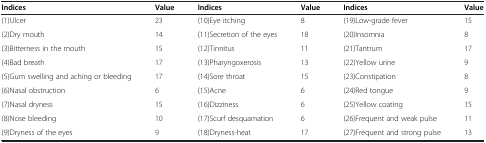
<table><thead><tr><td><b>Indices</b></td><td><b>Value</b></td><td><b>Indices</b></td><td><b>Value</b></td><td><b>Indices</b></td><td><b>Value</b></td></tr></thead><tbody><tr><td>(1)Ulcer</td><td>23</td><td>(10)Eye itching</td><td>8</td><td>(19)Low-grade fever</td><td>15</td></tr><tr><td>(2)Dry mouth</td><td>14</td><td>(11)Secretion of the eyes</td><td>18</td><td>(20)Insomnia</td><td>8</td></tr><tr><td>(3)Bitterness in the mouth</td><td>15</td><td>(12)Tinnitus</td><td>11</td><td>(21)Tantrum</td><td>17</td></tr><tr><td>(4)Bad breath</td><td>17</td><td>(13)Pharyngoxerosis</td><td>13</td><td>(22)Yellow urine</td><td>9</td></tr><tr><td>(5)Gum swelling and aching or bleeding</td><td>17</td><td>(14)Sore throat</td><td>15</td><td>(23)Constipation</td><td>8</td></tr><tr><td>(6)Nasal obstruction</td><td>6</td><td>(15)Acne</td><td>6</td><td>(24)Red tongue</td><td>9</td></tr><tr><td>(7)Nasal dryness</td><td>15</td><td>(16)Dizziness</td><td>6</td><td>(25)Yellow coating</td><td>15</td></tr><tr><td>(8)Nose bleeding</td><td>10</td><td>(17)Scurf desquamation</td><td>6</td><td>(26)Frequent and weak pulse</td><td>11</td></tr><tr><td>(9)Dryness of the eyes</td><td>9</td><td>(18)Dryness-heat</td><td>17</td><td>(27)Frequent and strong pulse</td><td>13</td></tr></tbody></table>